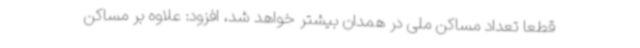
قطعاً تعداد مساکن ملی در همدان بیشتر خواهد شد، افزود: علاوه بر مساکن